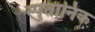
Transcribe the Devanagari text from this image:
स्पुतानिक